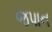
જપાન